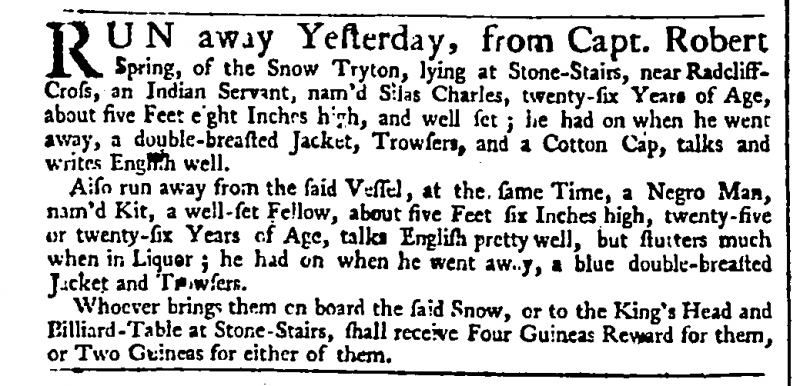
Daily Advertiser, 3 August 1743 (England)
RUN away Yesterday, from Capt. Robert Spring, of the Snow Tryton, lying at Stone-Stairs, near Radcliffe-Cross, an Indian Servant, nam’d Silas Charles, twenty-six Years of Age, about five Feet eight Inches high, and well set; he had on when he went away, a double-breasted Jacket, Trowsers, and a Cotton Cap, talks and writes English well.  Also run away from the said Vessel, at the same Time, a Negro Man, nam’d Kit, a well-set Fellow, about five Feet six Inches high, twenty-five or twenty-six Years of Age, talks English pretty well, but stutters much when in Liquor; he had on when he went away, a blue double-breasted Jacket and Trowsers.  Whoever brings them on board the said Snow, or to the King’s Head and Billiard-Table at Stone-Stairs, shall receive Four Guineas Reward for them, or Two Guineas for either of them.